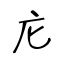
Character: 庀